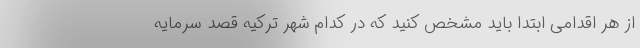
از هر اقدامی ابتدا باید مشخص کنید که در کدام شهر ترکیه قصد سرمایه